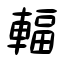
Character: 輻